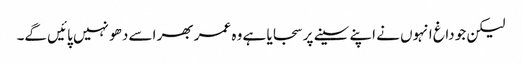
لیکن جو داغ انہوں نے اپنے سینے پر سجایا ہے وہ عمر بھر اسے دھو نہیں پائیں گے۔